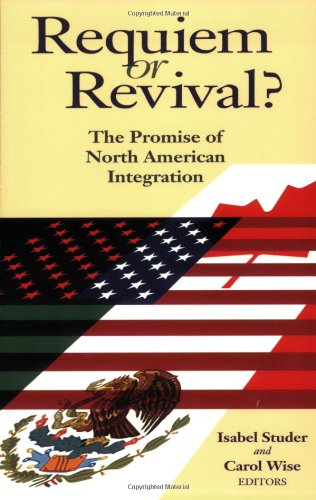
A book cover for Requiem or Revival?: The Promise of North American Integration; Law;